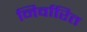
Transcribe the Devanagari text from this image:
निर्वारित